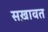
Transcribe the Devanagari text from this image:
सख़ावत